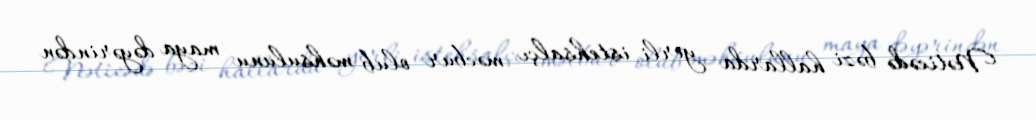
Nəticədə bəzi hallarda yerli istehsalçı məcbur olub məhsulunu maya dəyərindən